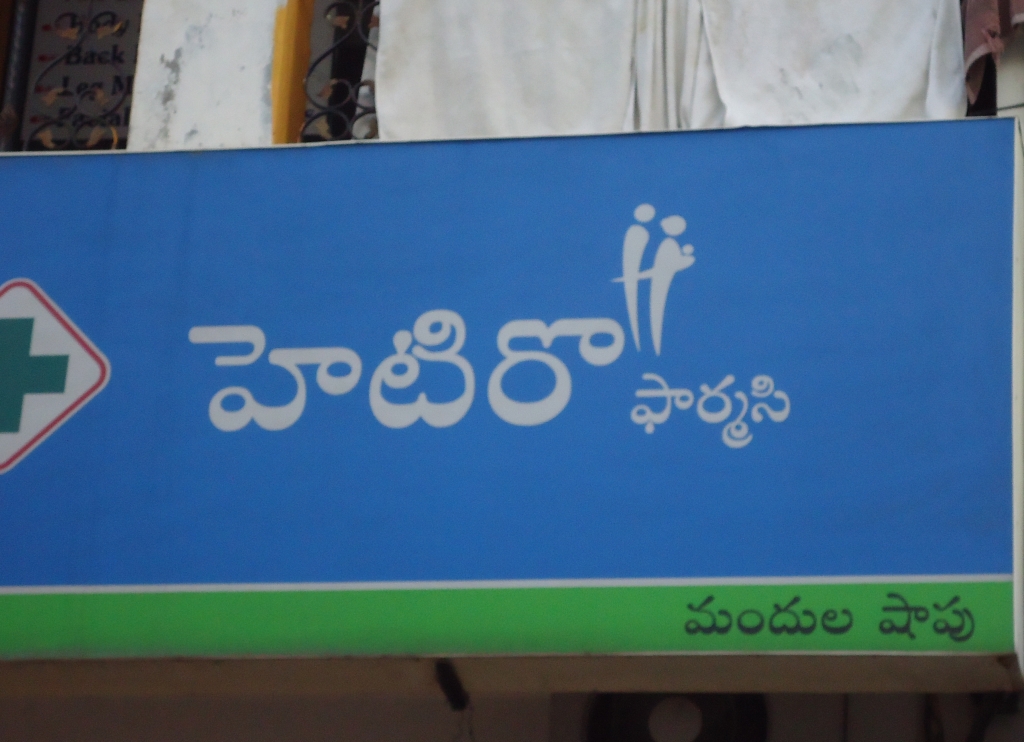
Language: telugu
Transcription: హెటిరొ మందుల షాపు ఫార్మసి